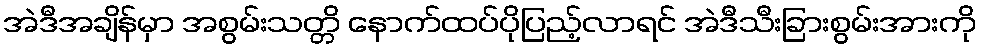
အဲဒီအချိန်မှာ အစွမ်းသတ္တိ နောက်ထပ်ပိုပြည့်လာရင် အဲဒီသီးခြားစွမ်းအားကို